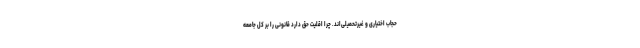
حجاب اختیاری و غیرتحمیلی‌اند. چرا اقلیت حق دارد قانونی را بر کل جامعه